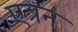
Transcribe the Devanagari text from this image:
एत्रन